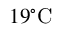
1 9 \mathrm { { ^ \circ C } }